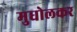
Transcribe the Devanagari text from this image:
मुधोलकर